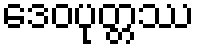
ဒေဝပုတ္တဿ